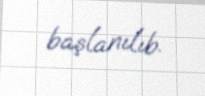
başlanılıb.